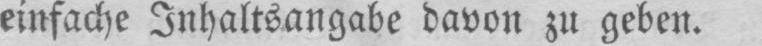
einfache Inhaltsangabe davon zu geben.